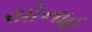
યોનાહ